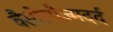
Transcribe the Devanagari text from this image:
वैसोस्पैज़्मदर्द